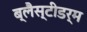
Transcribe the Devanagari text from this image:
ब्लैस्टीडर्म